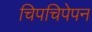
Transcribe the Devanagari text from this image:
चिपचिपेपन